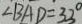
\angle B A D = 3 3 ^ { \circ }